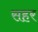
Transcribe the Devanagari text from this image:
सहर